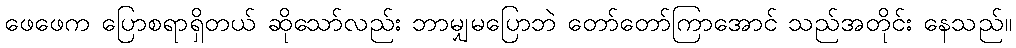
ဖေဖေက ပြောစရာရှိတယ် ဆိုသော်လည်း ဘာမျှမပြောဘဲ တော်တော်ကြာအောင် သည်အတိုင်း နေသည်။